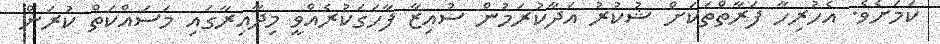
ކަމަށެވެ. އެހުރިހާ ފަރާތްތަކަށް ޝުކުރު އަދާކުރަމުން ސުއިޒާ ފާހަގަކުރެއްވީ މިދާއިރާގައި މަސައްކަތް ކުރަން